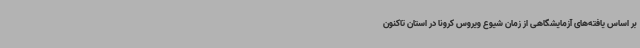
بر اساس یافته‌های آزمایشگاهی از زمان شیوع ویروس کرونا در استان تاکنون